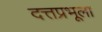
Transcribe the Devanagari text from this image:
दत्तप्रभूला